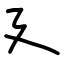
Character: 廴